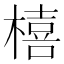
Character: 橲